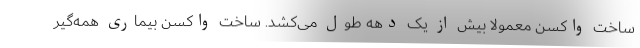
ساخت واکسن معمولا بیش از یک دهه طول می‌کشد. ساخت واکسن بیماری همه‌گیر